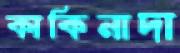
কাকিনাদা